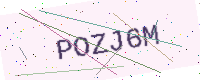
Text: POZJ6M